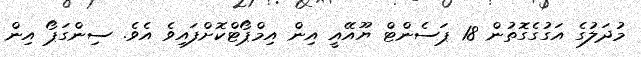
މުދަލުގެ އަގުގެގޮތުން 18 ޕަސެންޓް ޔޫއޭއީ އިން އިމްޕޯޓްކޮށްފައިވެ އެވެ. ސިންގަޕޯ އިން